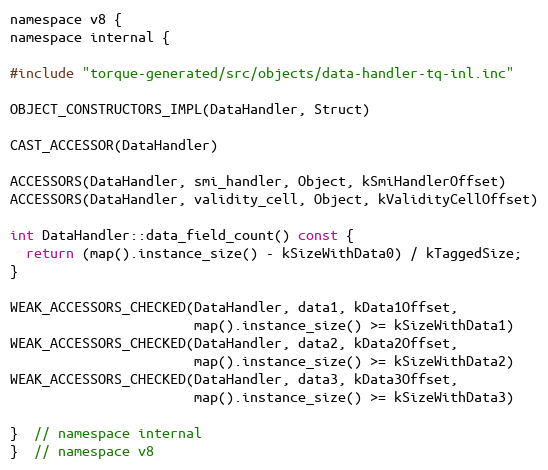
Language: C
namespace v8 {
namespace internal {

#include "torque-generated/src/objects/data-handler-tq-inl.inc"

OBJECT_CONSTRUCTORS_IMPL(DataHandler, Struct)

CAST_ACCESSOR(DataHandler)

ACCESSORS(DataHandler, smi_handler, Object, kSmiHandlerOffset)
ACCESSORS(DataHandler, validity_cell, Object, kValidityCellOffset)

int DataHandler::data_field_count() const {
  return (map().instance_size() - kSizeWithData0) / kTaggedSize;
}

WEAK_ACCESSORS_CHECKED(DataHandler, data1, kData1Offset,
                       map().instance_size() >= kSizeWithData1)
WEAK_ACCESSORS_CHECKED(DataHandler, data2, kData2Offset,
                       map().instance_size() >= kSizeWithData2)
WEAK_ACCESSORS_CHECKED(DataHandler, data3, kData3Offset,
                       map().instance_size() >= kSizeWithData3)

}  // namespace internal
}  // namespace v8